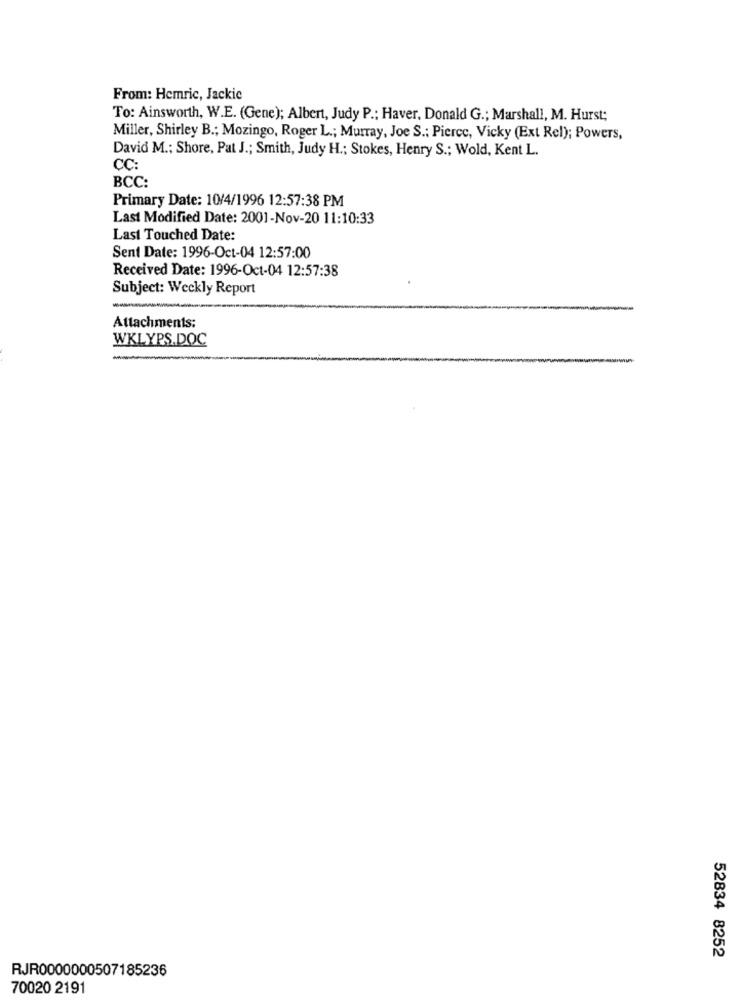
From: Hemric, Jackie
To: Ainsworth, W.E. (Gene); Albert, Judy P .; Haver, Donald G .; Marshall, M. Hurst;
Miller, Shirley B .; Mozingo, Roger L .; Murray, Joe S .: Pierce, Vicky (Ext Rel); Powers,
David M .; Shore, Pat J .; Smith, Judy H .; Stokes, Henry S .; Wold, Kent L.
CC:
BCC:
Primary Date: 10/4/1996 12:57:38 PM
Last Modified Date: 2001-Nov-20 11:10:33
Last Touched Date:
Sent Date: 1996-Oct-04 12:57:00
Received Date: 1996-Oct-04 12:57:38
Subject: Weekly Report
Attachments:
WKLYPS.DOC
52834 8252
RJR0000000507185236
70020 2191